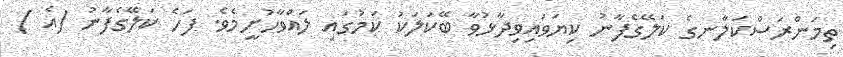
ތިމަންރަސްކަލާނގެ ކަލޭގެފާނު ކިޔަވައިވިދާޅުވާ ބޭކަލަކު ކަމުގައި ލައްވާހުށީމެވެ. ފަހެ ކަލޭގެފާނު (އެ )